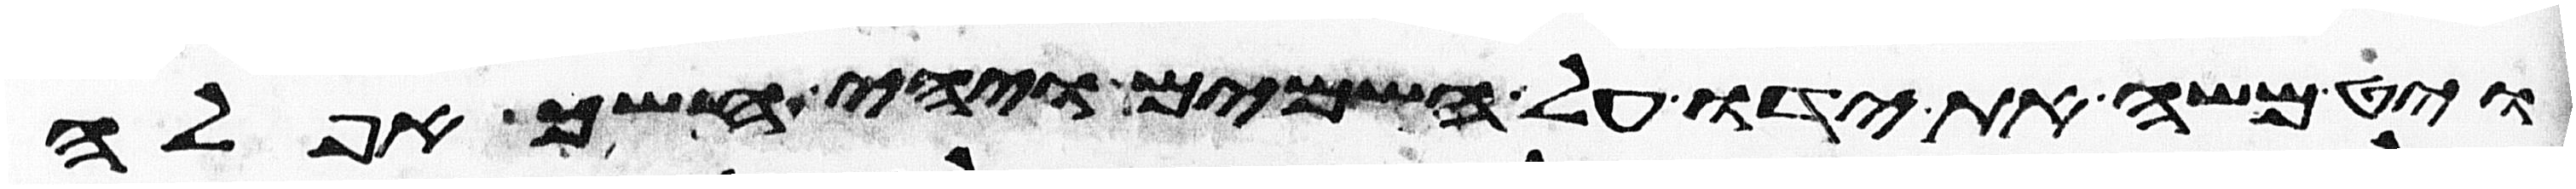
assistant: ויט משה את ידו על השמים ויהי חשך אפלה